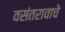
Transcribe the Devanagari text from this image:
वसंतरावाचे